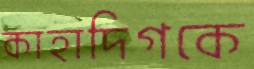
কাহাদিগকে